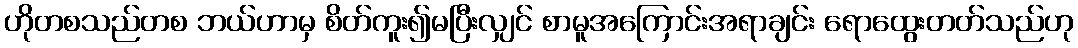
ဟိုတစသည်တစ ဘယ်ဟာမှ စိတ်ကူး၍မပြီးလျှင် စာမူအကြောင်းအရာချင်း ရောထွေးတတ်သည်ဟု